Sanitation, dispensaries and jails vaccination Rajputana 1922-1927 - 1922-1927
Year: 1922
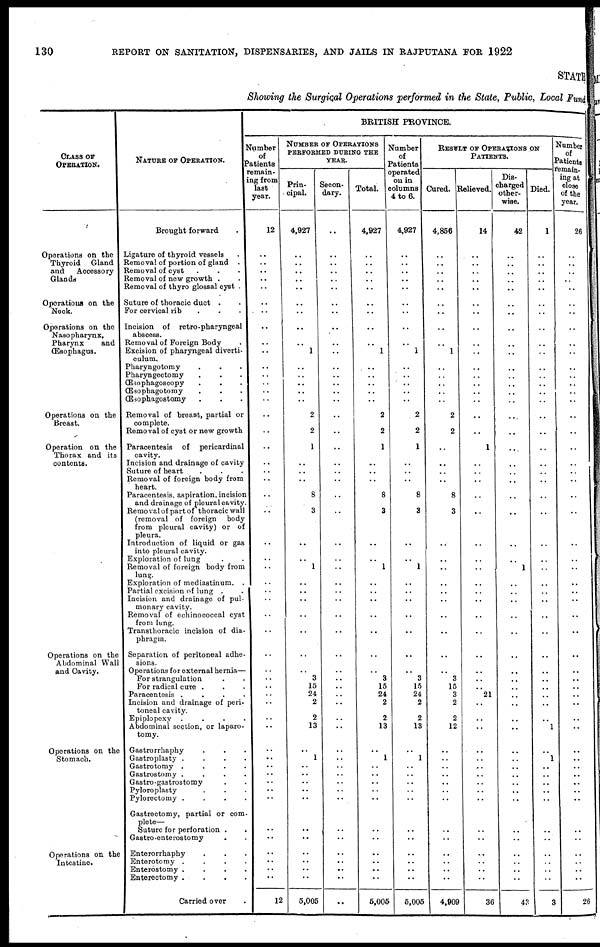
130
REPORT ON SANITATION, DISPENSARIES, AND JAILS IN RAJPUTANA FOR 1922
STATE
Showing the Surgical Operations performed in the State, Public, Local Fund
CLASS OF
OPERATION.
Operations on the
Thyroid Gland
and
Accessory
Glands
Operations on the
Neck.
Operations on the
Nasopharynx,
Pharynx
and
Œsophagus.
Operations on the
Breast.
Operation on the
Thorax and its
contents.
Operations on the
Abdominal Wall
and Cavity.
Operations on the
Stomach.
Operations on the
Intestine.
NATURE OF OPERATION.
Brought forward .
Ligature of thyroid vessels .
Removal of portion of gland .
Removal of cyst . . .
Removal of new growth . .
Removal of thyro glossal cyst .
Suture of thoracic duct .
For cervical rib . . .
Incision of retro-pharyngeal
abscess.
Removal of Foreign Body .
Excision of pharyngeal diverti¬
culum.
Pharyngotomy . . .
Pharyngectomy . . .
Œsophagoscopy . . .
Œsophagotomy . . .
Œsophagostomy . . .
Removal of breast, partial or
complete.
Removal of cyst or new growth
Paracentesis of pericardinal
cavity.
Incision and drainage of cavity .
Suture of heart . . .
Removal of foreign body from
heart.
Paracentesis, aspiration, incision
and drainage of pleural cavity.
Removal of part of thoracic wall
(removal of foreign
body
from pleural cavity) or of
pleura.
Introduction of liquid or gas
into pleural cavity.
Exploration of lung . .
Removal of foreign body from
lung.
Exploration of mediastinum. .
Partial excision of lung . .
Incision and drainage of pul-
monary cavity.
Removal of echinococcal cyst
from lung.
Transthoracic incision of dia-
phragm.
Separation of peritoneal adhe-
sions.
Operations for external hernia—
For strangulation . .
For radical cure . . .
Paracentesis
.
.
.
.
Incision and drainage of peri-
toneal cavity.
Epiplopexy
.
.
.
.
Abdominal section, or laparo¬
tomy.
Gastrorrhaphy . . .
Gastroplasty
.
.
.
.
Gastrotomy
.
.
.
.
Gastrostomy
.
.
.
.
Gastro -gastrostomy . .
Pyloroplasty . . .
Pylorectomy
.
.
.
.
Gastrectomy, partial or com-
plete—
Suture for perforation . .
Gastro-enterostomy . .
Enterorrhaphy . . .
Enterotomy
.
.
.
.
Enterostomy
.
.
.
.
Enterectomy . . . .
Carried over .
BRITISH PROVINCE.
Number
of
Patients
remain-
ing from
last
year.
12
..
..
..
..
..
..
..
..
..
..
..
..
..
..
..
..
..
..
..
..
..
..
..
..
..
..
..
..
..
..
..
..
..
..
..
..
..
..
..
..
..
..
..
..
..
..
..
..
..
..
..
..
12
NUMBER OF OPERATIONS
PERFORMED DURING THE
YEAR.
Prin¬
cipal.
4,927
..
..
..
..
..
..
..
..
..
1
..
..
..
..
..
2
2
1
..
..
..
8
3
..
..
1
..
..
..
..
..
..
..
3 15
24
2
2
13
..
1
..
..
..
..
..
..
..
..
..
..
..
5,005
Secon-
dary.
..
..
..
..
..
..
..
..
..
..
..
..
..
..
..
..
..
..
..
..
..
..
..
..
..
..
..
..
..
..
..
..
..
..
..
..
..
..
..
..
..
..
..
..
..
..
..
..
..
..
..
..
..
..
Total.
4,927
..
..
..
..
..
..
..
..
..
1
..
..
..
..
..
2
2
1
..
..
..
8
3
..
..
1
..
..
..
..
..
..
..
3 15
24
2
2
13
..
1
..
..
..
..
..
..
..
..
..
..
..
5,005
Number
of
Patients
operated
on in
columns
4 to 6.
4,927
..
..
..
..
..
..
..
..
..
1
..
..
..
..
..
2
2
1
..
..
..
8
3
..
..
1
..
..
..
..
..
..
..
3 15
24
2
2
13
..
1
..
..
..
..
..
..
..
..
..
..
..
5,005
RESULT OF OPERATIONS ON
PATIENTS.
Cured.
4,856
..
..
..
..
..
..
..
..
..
1
..
..
..
..
..
2
2
..
..
..
..
8
3
..
..
..
..
..
..
..
..
..
.. 3 15
3
2
2
12
..
..
..
..
..
..
..
..
..
..
..
..
..
4,909
Relieved.
14
..
..
..
..
..
..
..
..
..
..
..
..
..
..
..
..
..
1
..
..
..
..
..
..
..
..
..
..
..
..
..
..
..
..
..
21
..
..
..
..
..
..
..
..
..
..
..
..
..
..
..
..
36
Dis-
charged
other-
wise.
42
..
..
..
..
..
..
..
..
..
..
..
..
..
..
..
..
..
..
..
..
..
..
..
..
..
1
..
..
..
..
..
..
..
..
..
..
..
..
..
..
..
..
..
..
..
..
..
..
..
..
..
..
43
Died.
1
..
..
..
..
..
..
..
..
..
..
..
..
..
..
..
..
..
..
..
..
..
..
..
..
..
..
..
..
..
..
..
..
..
..
..
..
..
..
1
..
1
..
..
..
..
..
..
..
..
..
..
..
3
Number
of
Patients
remain-
ing at
close
of the
year.
26
..
..
..
..
..
..
..
..
..
..
..
..
..
..
..
..
..
..
..
..
..
..
..
..
..
..
..
..
..
..
..
..
..
..
..
..
..
..
..
..
..
..
..
..
..
..
..
..
..
..
..
26